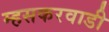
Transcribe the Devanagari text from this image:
म्हसकरवाडी